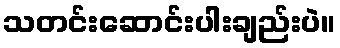
သတင်းဆောင်းပါးချည်းပဲ။